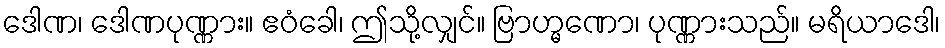
ဒေါဏ၊ ဒေါဏပုဏ္ဏား။ ဧဝံခေါ၊ ဤသို့လျှင်။ ဗြာဟ္မဏော၊ ပုဏ္ဏားသည်။ မရိယာဒေါ၊